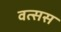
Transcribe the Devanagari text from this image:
वत्सस